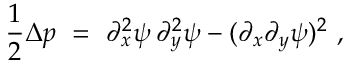
\frac 1 2 \Delta p \ = \ \partial _ { x } ^ { 2 } \psi \, \partial _ { y } ^ { 2 } \psi - ( \partial _ { x } \partial _ { y } \psi ) ^ { 2 } ~ ,